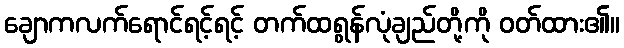
ချောကလက်ရောင်ရင့်ရင့် တက်ထရွန်လုံချည်တို့ကို ဝတ်ထား၏။